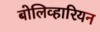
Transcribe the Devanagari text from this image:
बोलिव्हारियन